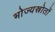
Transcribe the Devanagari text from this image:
भोज्यस्रोतों